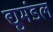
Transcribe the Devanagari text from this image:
द्युमंडल